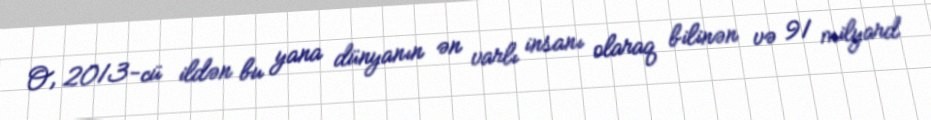
O, 2013-cü ildən bu yana dünyanın ən varlı insanı olaraq bilinən və 91 milyard